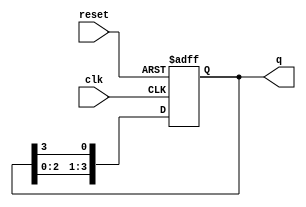
module ring_counter (
    input wire clk,       // Clock signal
    input wire reset,     // Asynchronous reset signal
    output reg [3:0] q    // 4-bit output
);

    // Initial state
    initial begin
        q = 4'b0001; // Start with the first flip-flop set to '1'
    end

    // Sequential logic for the ring counter
    always @(posedge clk or posedge reset) begin
        if (reset) begin
            q <= 4'b0001; // Reset to initial state
        end else begin
            // Shift the '1' to the next flip-flop in the ring
            q <= {q[2:0], q[3]}; // Rotate the bits
        end
    end

endmodule